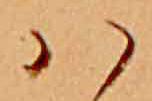
ハ